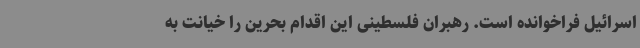
اسرائیل فراخوانده است. رهبران فلسطینی این اقدام بحرین را خیانت به